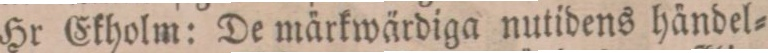
Hr Ekholm: De märkwärdiga nutidens händel=